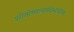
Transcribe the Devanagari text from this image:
शीतोष्णत्वस्वभावत्वं